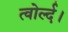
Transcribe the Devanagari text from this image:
त्वोर्ल्द।